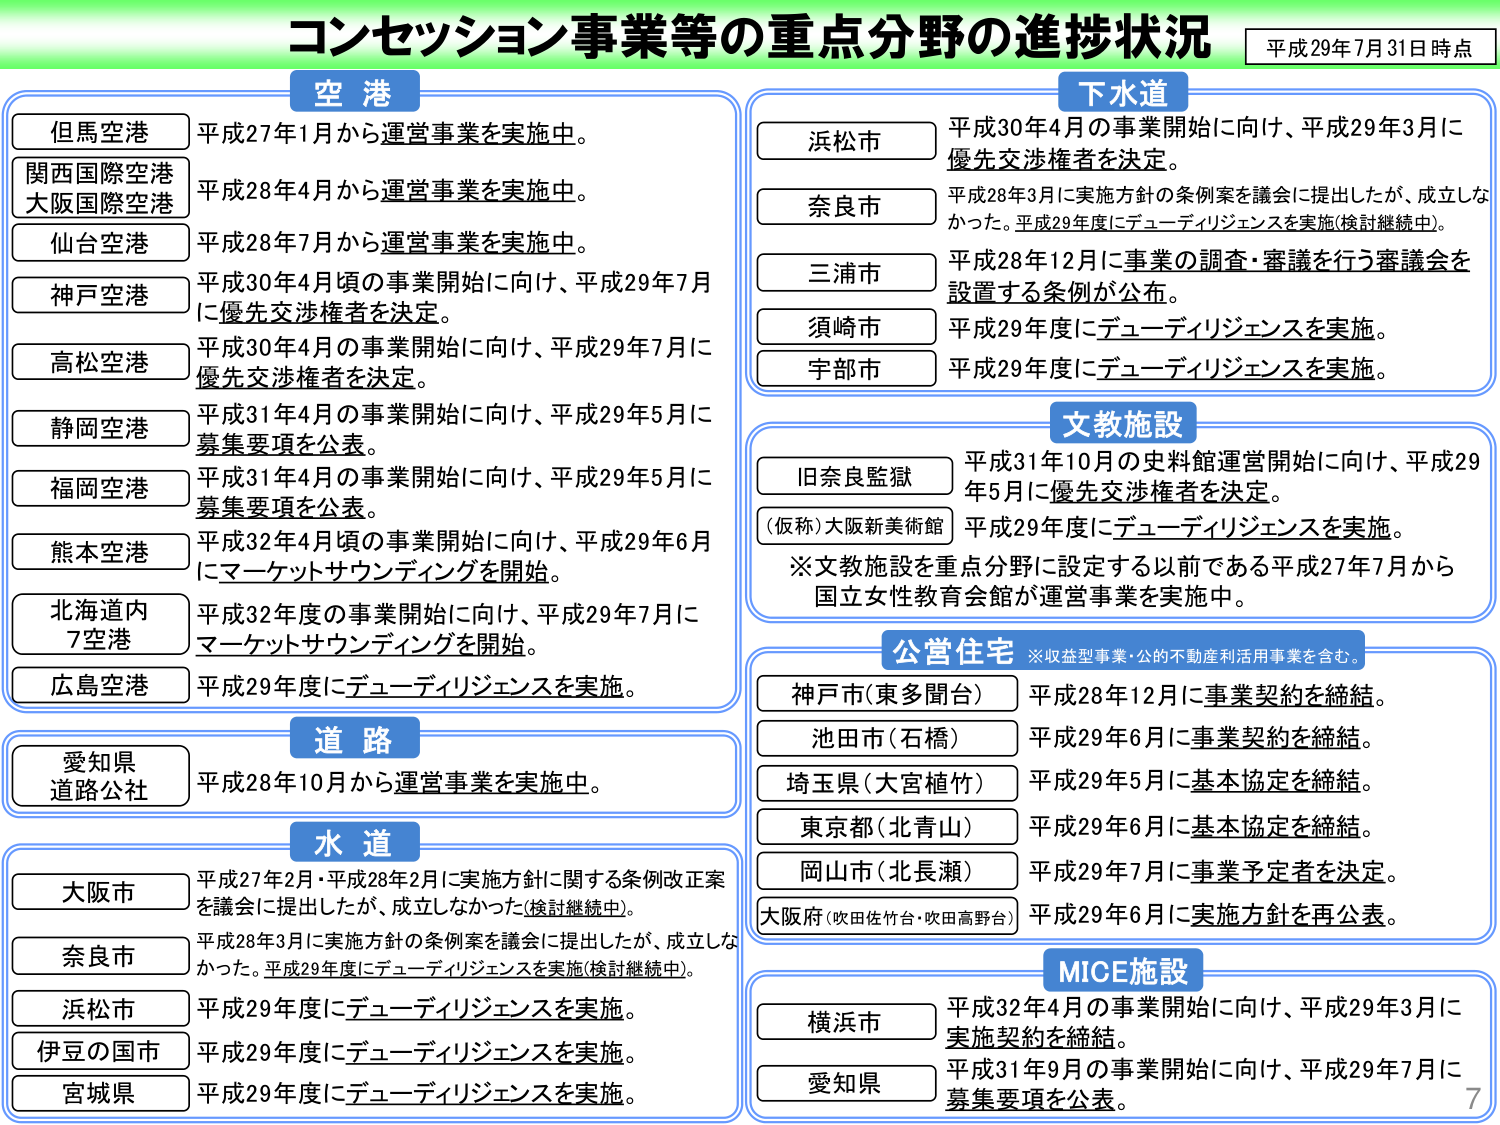
コンセッション事業等の重点分野の進捗状況
平成29年7月31日時点

空港
但馬空港 平成27年1月から運営事業を実施中。
関西国際空港
大阪国際空港 平成28年4月から運営事業を実施中。
仙台空港 平成28年7月から運営事業を実施中。
神戸空港 平成30年4月頃の事業開始に向け、平成29年7月に優先交渉権者を決定。
高松空港 平成30年4月の事業開始に向け、平成29年7月に優先交渉権者を決定。
静岡空港 平成31年4月の事業開始に向け、平成29年5月に募集要項を公表。
福岡空港 平成31年4月の事業開始に向け、平成29年5月に募集要項を公表。
熊本空港 平成32年4月頃の事業開始に向け、平成29年6月にマーケットサウンディングを開始。
北海道内
7空港 平成32年度の事業開始に向け、平成29年7月にマーケットサウンディングを開始。
広島空港 平成29年度にデューディリジェンスを実施。

道路
愛知県
道路公社 平成28年10月から運営事業を実施中。

水道
大阪市 平成27年2月・平成28年2月に実施方針に関する条例改正案を議会に提出したが、成立しなかった（検討継続中）。
奈良市 平成28年3月に実施方針の条例案を議会に提出したが、成立しなかった。平成29年度にデューディリジェンスを実施（検討継続中）。
浜松市 平成29年度にデューディリジェンスを実施。
伊豆の国市 平成29年度にデューディリジェンスを実施。
宮城県 平成29年度にデューディリジェンスを実施。

下水道
浜松市 平成30年4月の事業開始に向け、平成29年3月に優先交渉権者を決定。
奈良市 平成28年3月に実施方針の条例案を議会に提出したが、成立しなかった。平成29年度にデューディリジェンスを実施（検討継続中）。
三浦市 平成28年12月に事業の調査・審議を行う審議会を設置する条例が公布。
須崎市 平成29年度にデューディリジェンスを実施。
宇部市 平成29年度にデューディリジェンスを実施。

文教施設
旧奈良監獄 平成31年10月の史料館運営開始に向け、平成29年5月に優先交渉権者を決定。
（仮称）大阪新美術館 平成29年度にデューディリジェンスを実施。
※文教施設を重点分野に設定する以前である平成27年7月から国立女性教育会館が運営事業を実施中。

公営住宅 ※収益型事業・公的不動産利活用事業を含む。
神戸市（東多聞台） 平成28年12月に事業契約を締結。
池田市（石橋） 平成29年6月に事業契約を締結。
埼玉県（大宮植竹） 平成29年5月に基本協定を締結。
東京都（北青山） 平成29年6月に基本協定を締結。
岡山市（北長瀬） 平成29年7月に事業予定者を決定。
大阪府（吹田佐竹台・吹田高野台） 平成29年6月に実施方針を再公表。

MICE施設
横浜市 平成32年4月の事業開始に向け、平成29年3月に実施契約を締結。
愛知県 平成31年9月の事業開始に向け、平成29年7月に募集要項を公表。

7